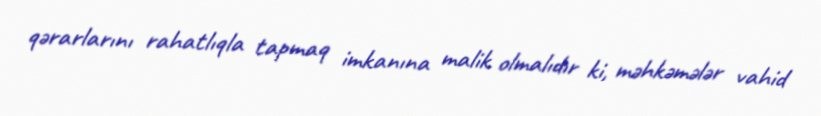
qərarlarını rahatlıqla tapmaq imkanına malik olmalıdır ki, məhkəmələr vahid